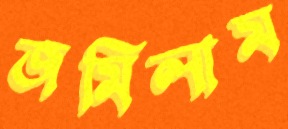
জমিলাম